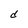
Character: d